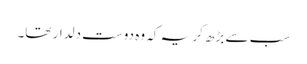
سب سے بڑھ کر یہ کہ وہ دوست دلدار تھا۔